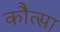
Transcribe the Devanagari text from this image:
कौत्सा